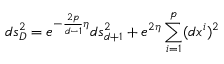
d s _ { D } ^ { 2 } = e ^ { - \frac { 2 p } { d - 1 } \eta } d s _ { d + 1 } ^ { 2 } + e ^ { 2 \eta } \sum _ { i = 1 } ^ { p } ( d x ^ { i } ) ^ { 2 }